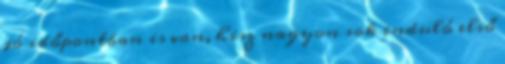
jó időpontban is van, hisz nagyon sok induló első